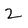
Character: 2